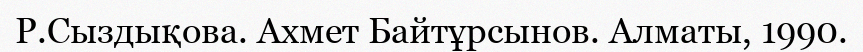
Р.Сыздықова. Ахмет Байтұрсынов. Алматы, 1990.